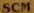
SCM